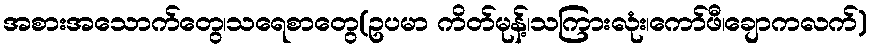
အစားအသောက်တွေ၊သရေစာတွေ(ဥပမာ ကိတ်မုန့်၊သကြားလုံး၊ကော်ဖီ၊ချောကလက်)